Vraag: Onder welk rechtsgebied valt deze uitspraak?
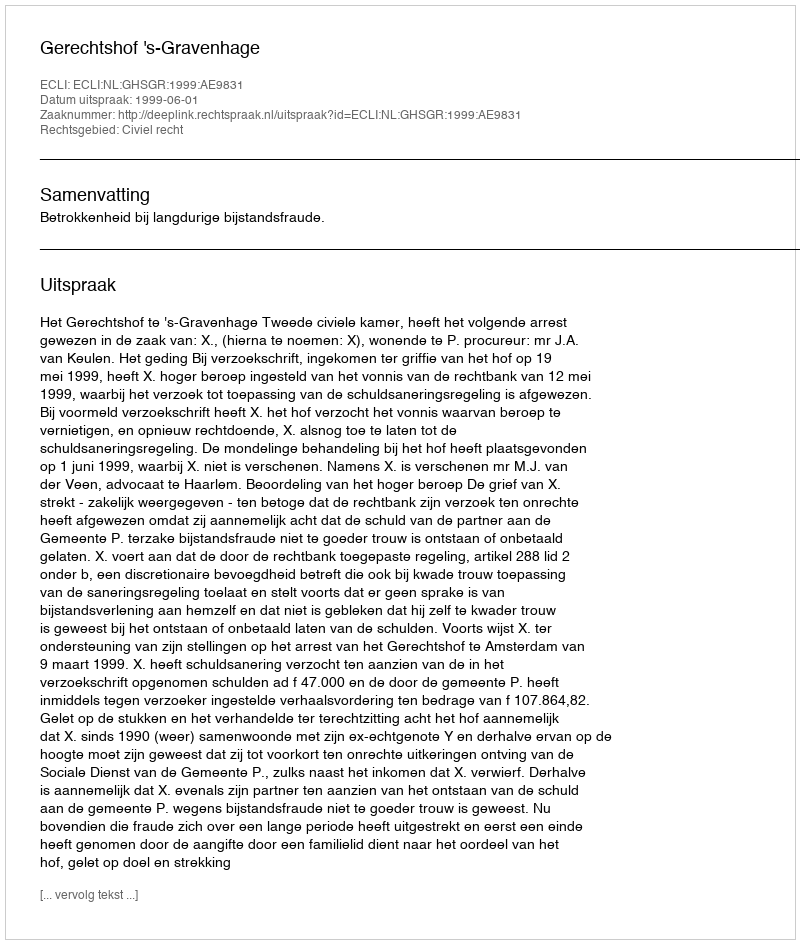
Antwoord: Civiel recht